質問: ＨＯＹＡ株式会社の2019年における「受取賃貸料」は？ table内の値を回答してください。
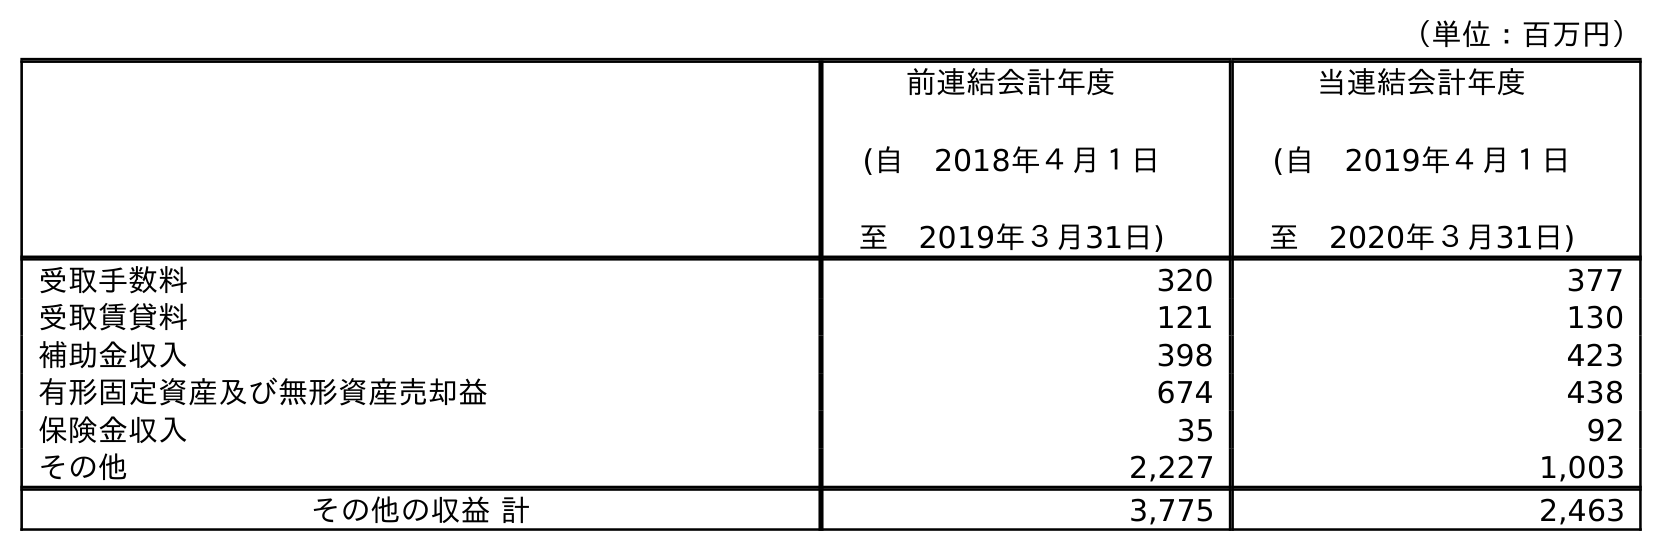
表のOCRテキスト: （単位：百万円） 前連結会計年度 (自 2018年４月１日 至 2019年３月31日) 当連結会計年度 (自 2019年４月１日 至 2020年３月31日) 受取手数料 320 377 受取賃貸料 121 130 補助金収入 398 423 有形固定資産及び無形資産売却益 674 438 保険金収入 35 92 その他 2,227 1,003 その他の収益 計 3,775 2,463
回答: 121